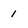
Character: 1